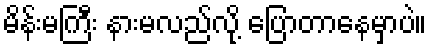
မိန်းမကြီး နားမလည်လို့ ပြောတာနေမှာပဲ။